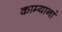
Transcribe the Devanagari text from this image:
काम्यानां